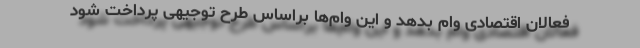
فعالان اقتصادی وام بدهد و این وام‌ها براساس طرح توجیهی پرداخت شود